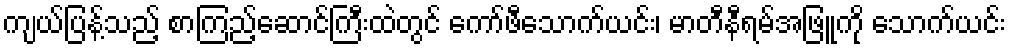
ကျယ်ပြန့်သည့် စာကြည့်ဆောင်ကြီးထဲတွင် ကော်ဖီသောက်ယင်း၊ မာတီနီရမ်အဖြူကို သောက်ယင်း